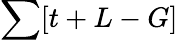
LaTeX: \sum[t+L-G]